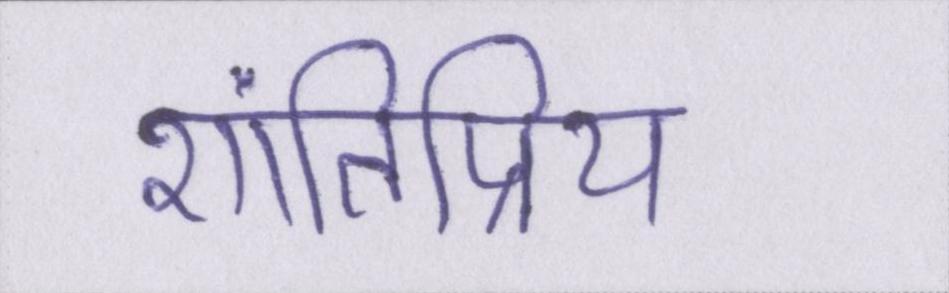
शांतिप्रिय